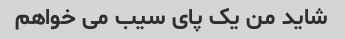
شاید من یک پای سیب می خواهم